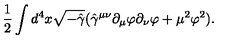
{ \frac { 1 } { 2 } } \int d ^ { 4 } x \sqrt { - \hat { \gamma } } ( \hat { \gamma } ^ { \mu \nu } \partial _ { \mu } \varphi \partial _ { \nu } \varphi + \mu ^ { 2 } \varphi ^ { 2 } ) .